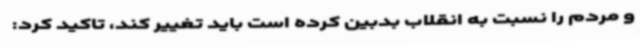
و مردم را نسبت به انقلاب بدبین کرده است باید تغییر کند، تاکید کرد: